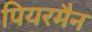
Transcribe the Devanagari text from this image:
पियरमैन